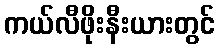
ကယ်လီဖိုးနီးယားတွင်